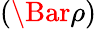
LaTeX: \left(\Bar\rho\right)